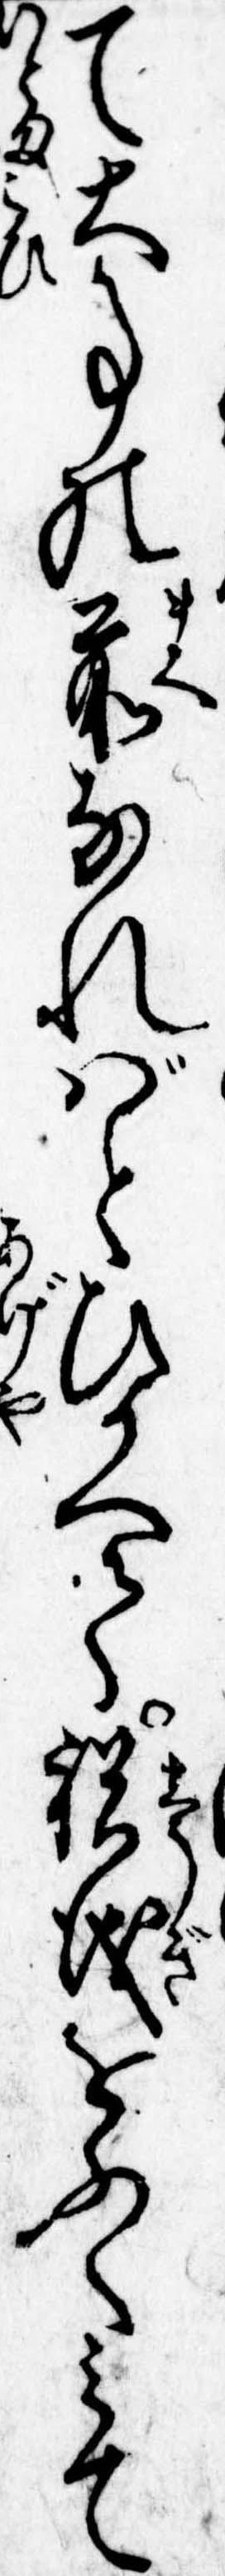
て大事の前なればとひかへて祝儀をふくみて